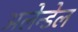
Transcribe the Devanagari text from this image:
अलेन्डेल